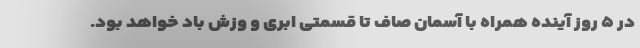
در ۵ روز آینده همراه با آسمان صاف تا قسمتی ابری و وزش باد خواهد بود.